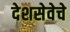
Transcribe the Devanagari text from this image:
देशसेवेचे